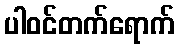
ပါဝင်တက်ရောက်